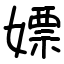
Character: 嫖